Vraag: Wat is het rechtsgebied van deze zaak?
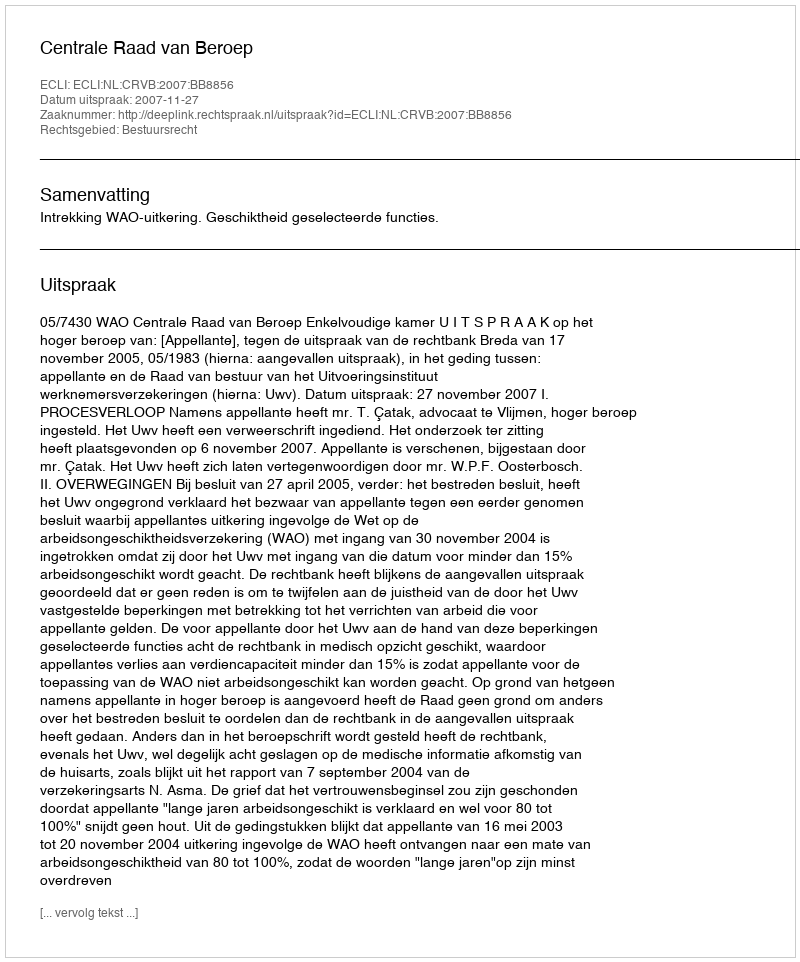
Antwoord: Bestuursrecht